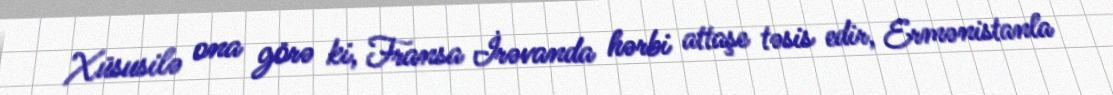
Xüsusilə ona görə ki, Fransa İrəvanda hərbi attaşe təsis edir, Ermənistanla